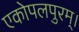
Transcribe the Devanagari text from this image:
एकोपलपुरम्।